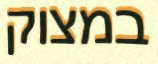
במצוק